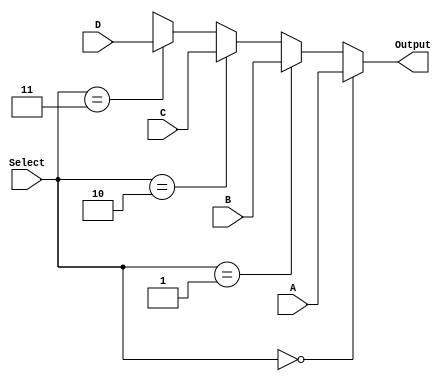
module MD_Mux (output [31:0] Output, input [31:0] A, input [31:0] B, input [31:0] C,input [31:0] D,input[1:0] Select);
assign Output = (Select == 0) ? A :(Select == 1) ? B:(Select == 2) ? C :(Select == 3) ? D : 32'bx;
endmodule